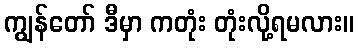
ကျွန်တော် ဒီမှာ ကတုံး တုံးလို့ရမလား။